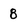
Character: 8